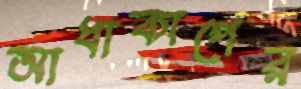
আধাকাপের